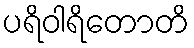
ပရိဝါရိတောတိ